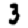
Digit: 3